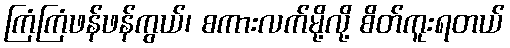
ကြံကြံဖန်ဖန်ကွယ်၊ စကားလက်မို့လို့ စိတ်ကူးရတယ်